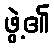
ဖွဲ့၏